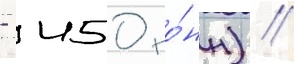
- 450 то́нн) //